NAE_ERA_R-2324_Eesti_Vabariigi_Pohiseaduslik_Assamblee, lk 83
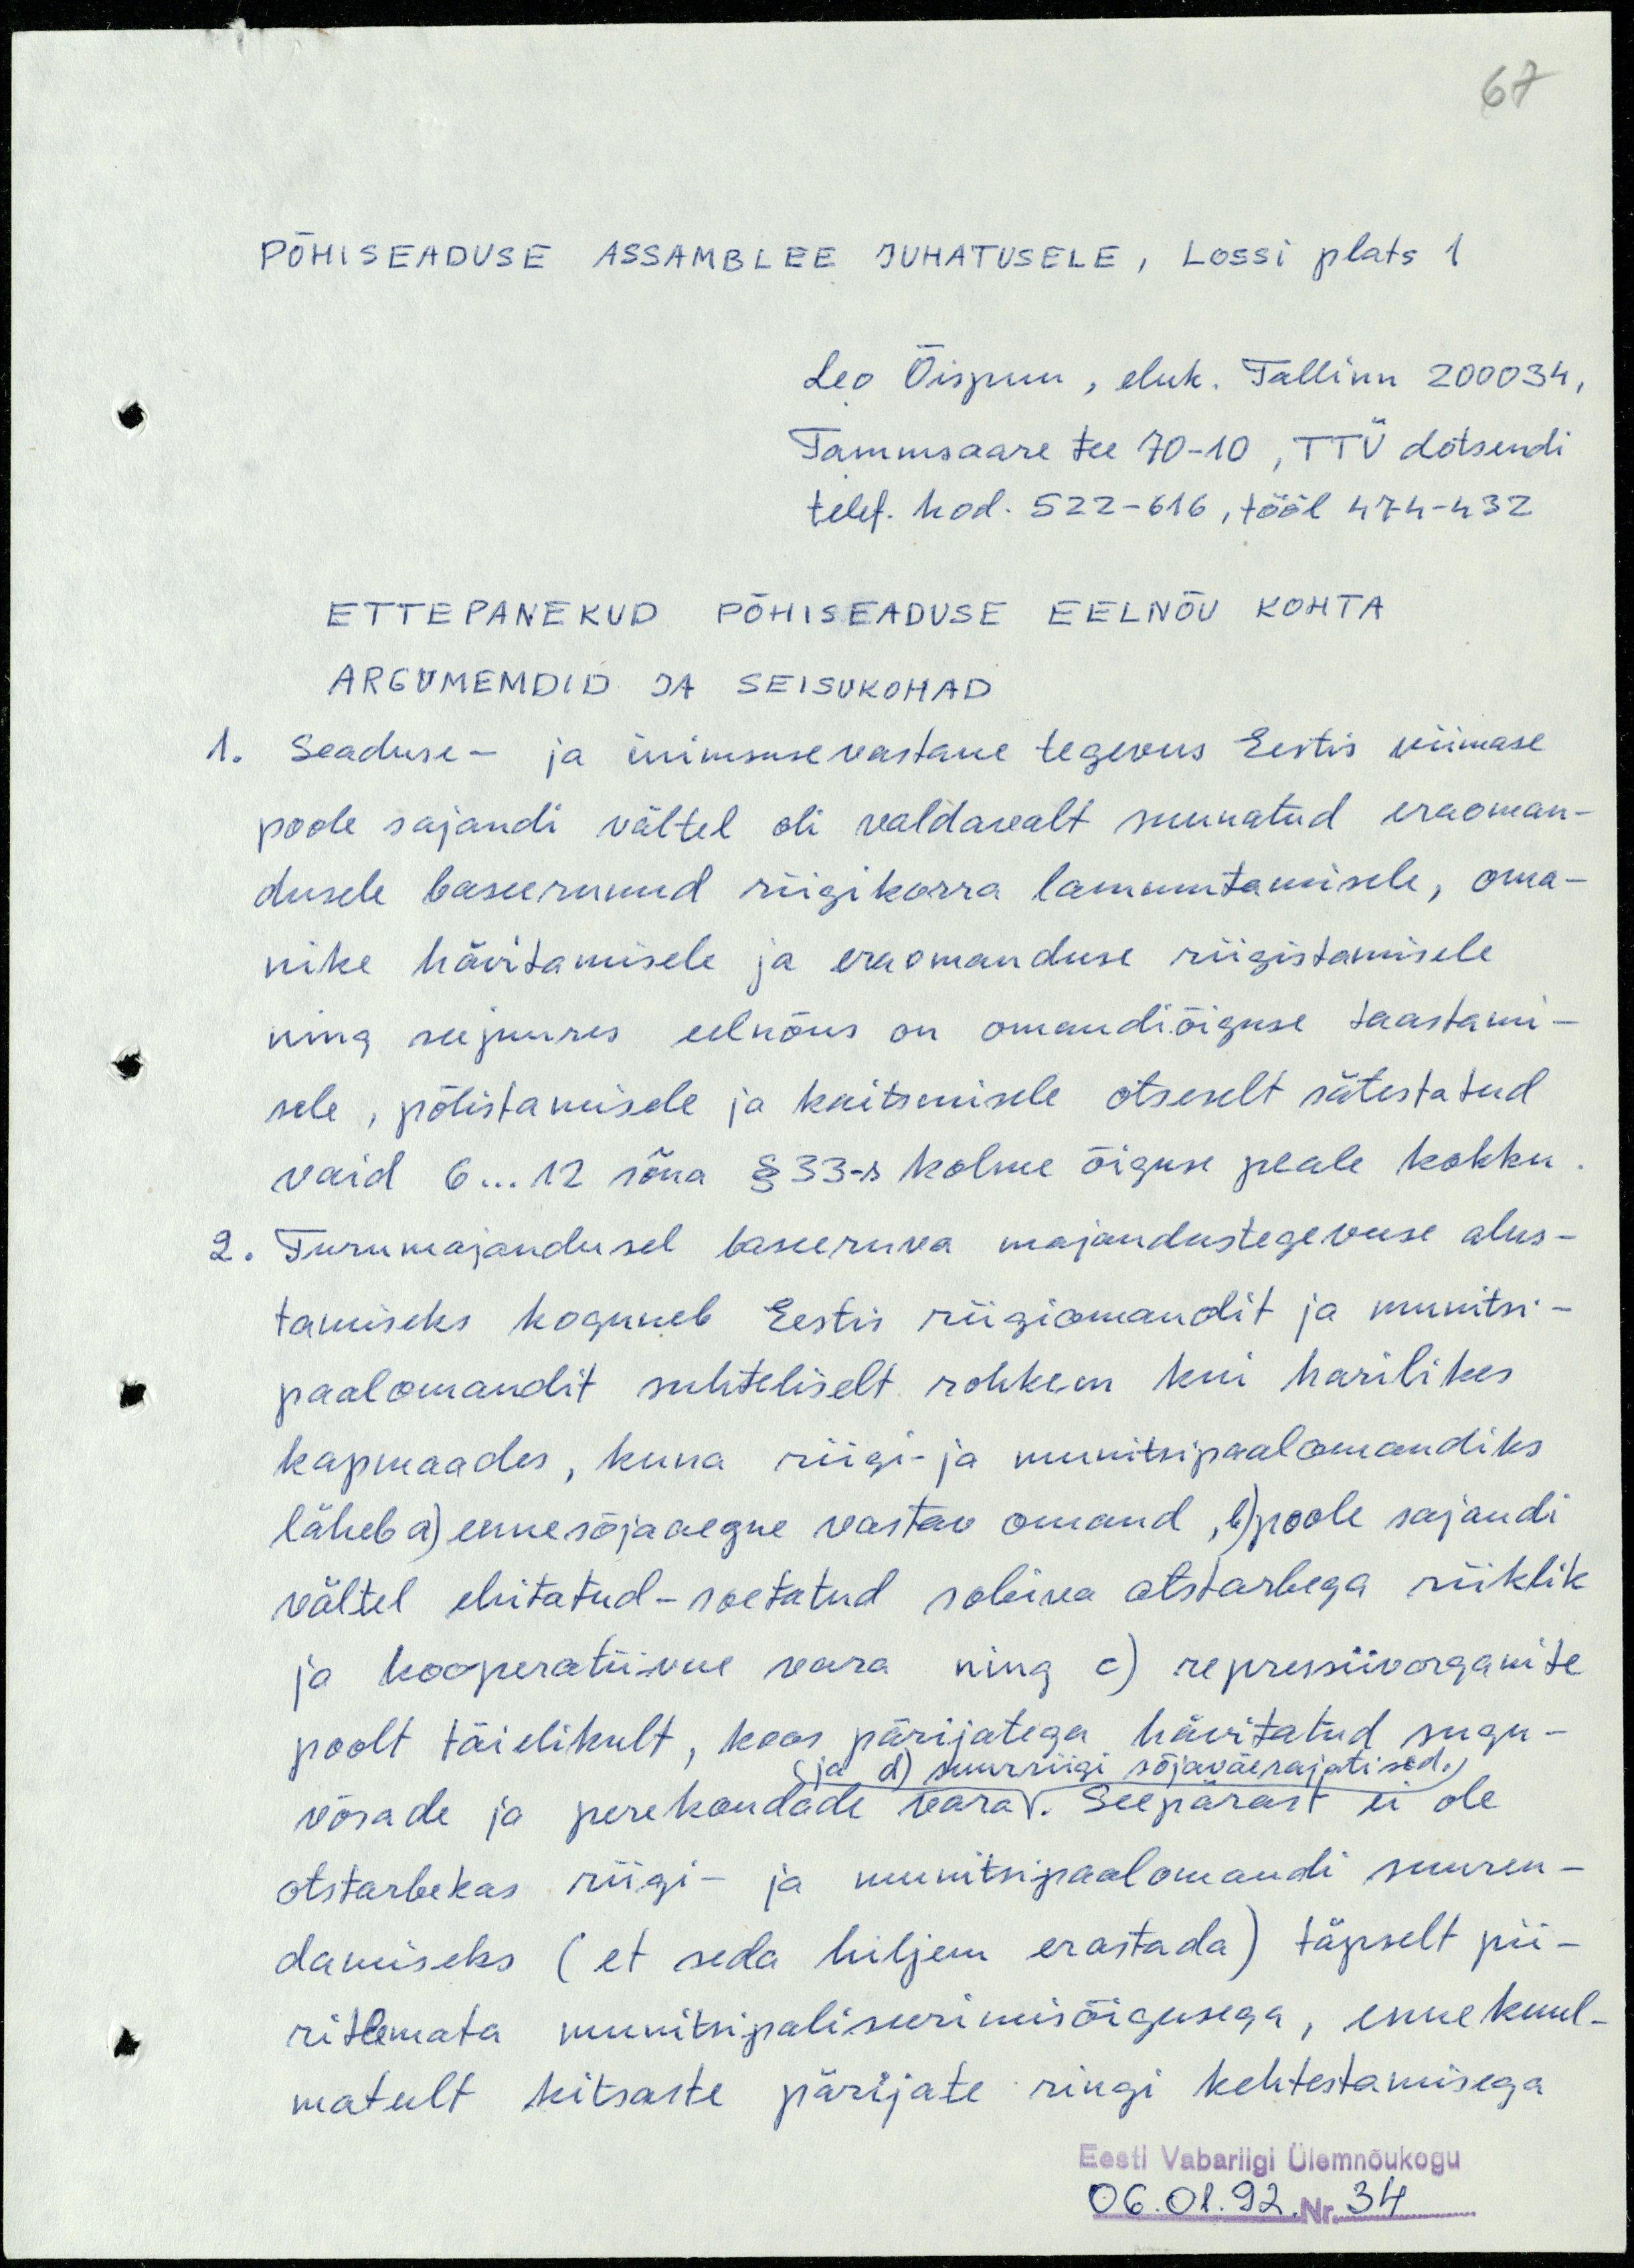
67

PÕHISEADUSE ASSAMBLEE JUHATUSELE, Lossi plats 1
Leo Õispuu, eluk. Tallinn 200034,
Tammsaare tee 70-10, TTÜ dotsendi
telef. kod. 522-616, tööl 474-432
ETTEPANEKUD PÕHISEADUSE EELNÕU KOHTA
ARGUMEMDID JA SEISUKOHAD
1. Seaduse- ja inimsusevastane tegevus Eestis viimase
poole sajandi vältel oli valdavalt suunatud eraoman-
dusele baseerunud riigikorra lammutamisele, oma-
nike hävitamisele ja eraomanduse riigistamisele
ning seejuures eelnõus on omandiõiguse taastami-
sele, põlistamisele ja kaitsmisele otseselt sätestatud
vaid 6...12 sõna § 33-s kolme õiguse peale kokku.
2. Turumajandusel baseeruva majandustegevuse alus-
tamiseks koguneb Eestis riigiomandit ja munitsi-
paalomandit suhteliselt rohkem kui harilikes
kapmaades, kuna riigi- ja munitsipaalomandiks
läheb a) ennesõjaaegne vastav omand, b) poole sajandi
vältel ehitatud-soetatud sobiva otstarbega riiklik
ja kooperatiivne vara ning c) repressiivorganite
poolt täielikult, koos pärijatega hävitatud sugu-
ja d) suurriigi võjaväerajatised.
võsade ja perekondade vara. Seepärast ei ole
otstarbekas riigi- ja munitsipaalomandi suuren-
damiseks (et seda hiljem erastada) täpselt pii-
ritlemata munitsipaliseerimisõigusega, ennekuul-
matult kitsaste pärijate ringi kehtestamisega
Eesti Vabariigi Ülemnõukogu
06.01.92. Nr. 34